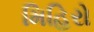
મિહિરો